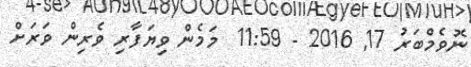
ނޮވެމްބަރު 17